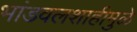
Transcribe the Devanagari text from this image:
भांडवलशाहीमुळे